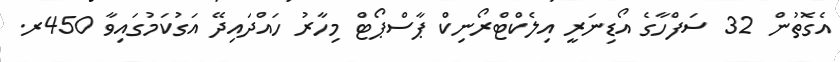
އެގޮތުން 32 ސަފްހާގެ އޯޑިނަރީ އިލެކްޓްރޯނިކް ޕާސްޕޯޓް މިހާރު ހައްދައިދޭ އަގުކަމުގައިވާ 450ރ.